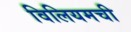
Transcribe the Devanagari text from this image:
विलियमची